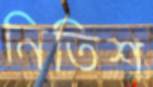
নিতিশ